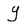
Character: Y